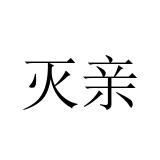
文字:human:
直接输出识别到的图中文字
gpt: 灭亲